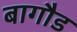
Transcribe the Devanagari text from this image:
बागौड